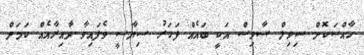
ހާއްސަކޮށް ސިވިލް ސާވިސް އަކީ ބައެއް ފަހަރު ސިޔާސީ ވެފައިވާ ދާއިރާއެއް ކަމަށް